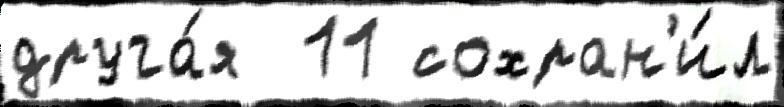
друга́я  11 сохран'и́л